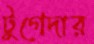
টুগেদার